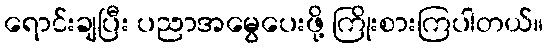
ရောင်းချပြီး ပညာအမွေပေးဖို့ ကြိုးစားကြပါတယ်။